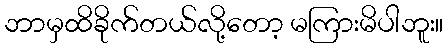
ဘာမှထိခိုက်တယ်လို့တော့ မကြားမိပါဘူး။